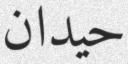
حيدان